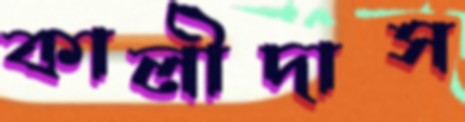
কালীদাস